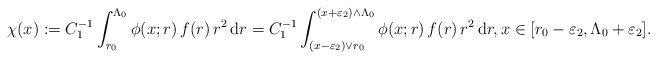
LaTeX: \begin{align*}\chi(x):= C^{-1}_1 \int_{r_0}^{\Lambda_{0}} \phi(x;r)\,f(r)\,r^2\,\mathrm{d}r= C^{-1}_1 \int_{(x-\varepsilon_2)\vee r_0}^{(x+\varepsilon_{2})\wedge\Lambda_0} \phi(x;r)\,f(r)\,r^2\,\mathrm{d}r,x\in[r_0-\varepsilon_2,\Lambda_0+\varepsilon_2].\end{align*}